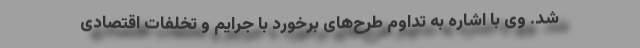
شد. وی با اشاره به تداوم طرح‌های برخورد با جرایم و تخلفات اقتصادی